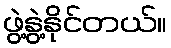
ဖွဲ့နွဲ့နိုင်တယ်။